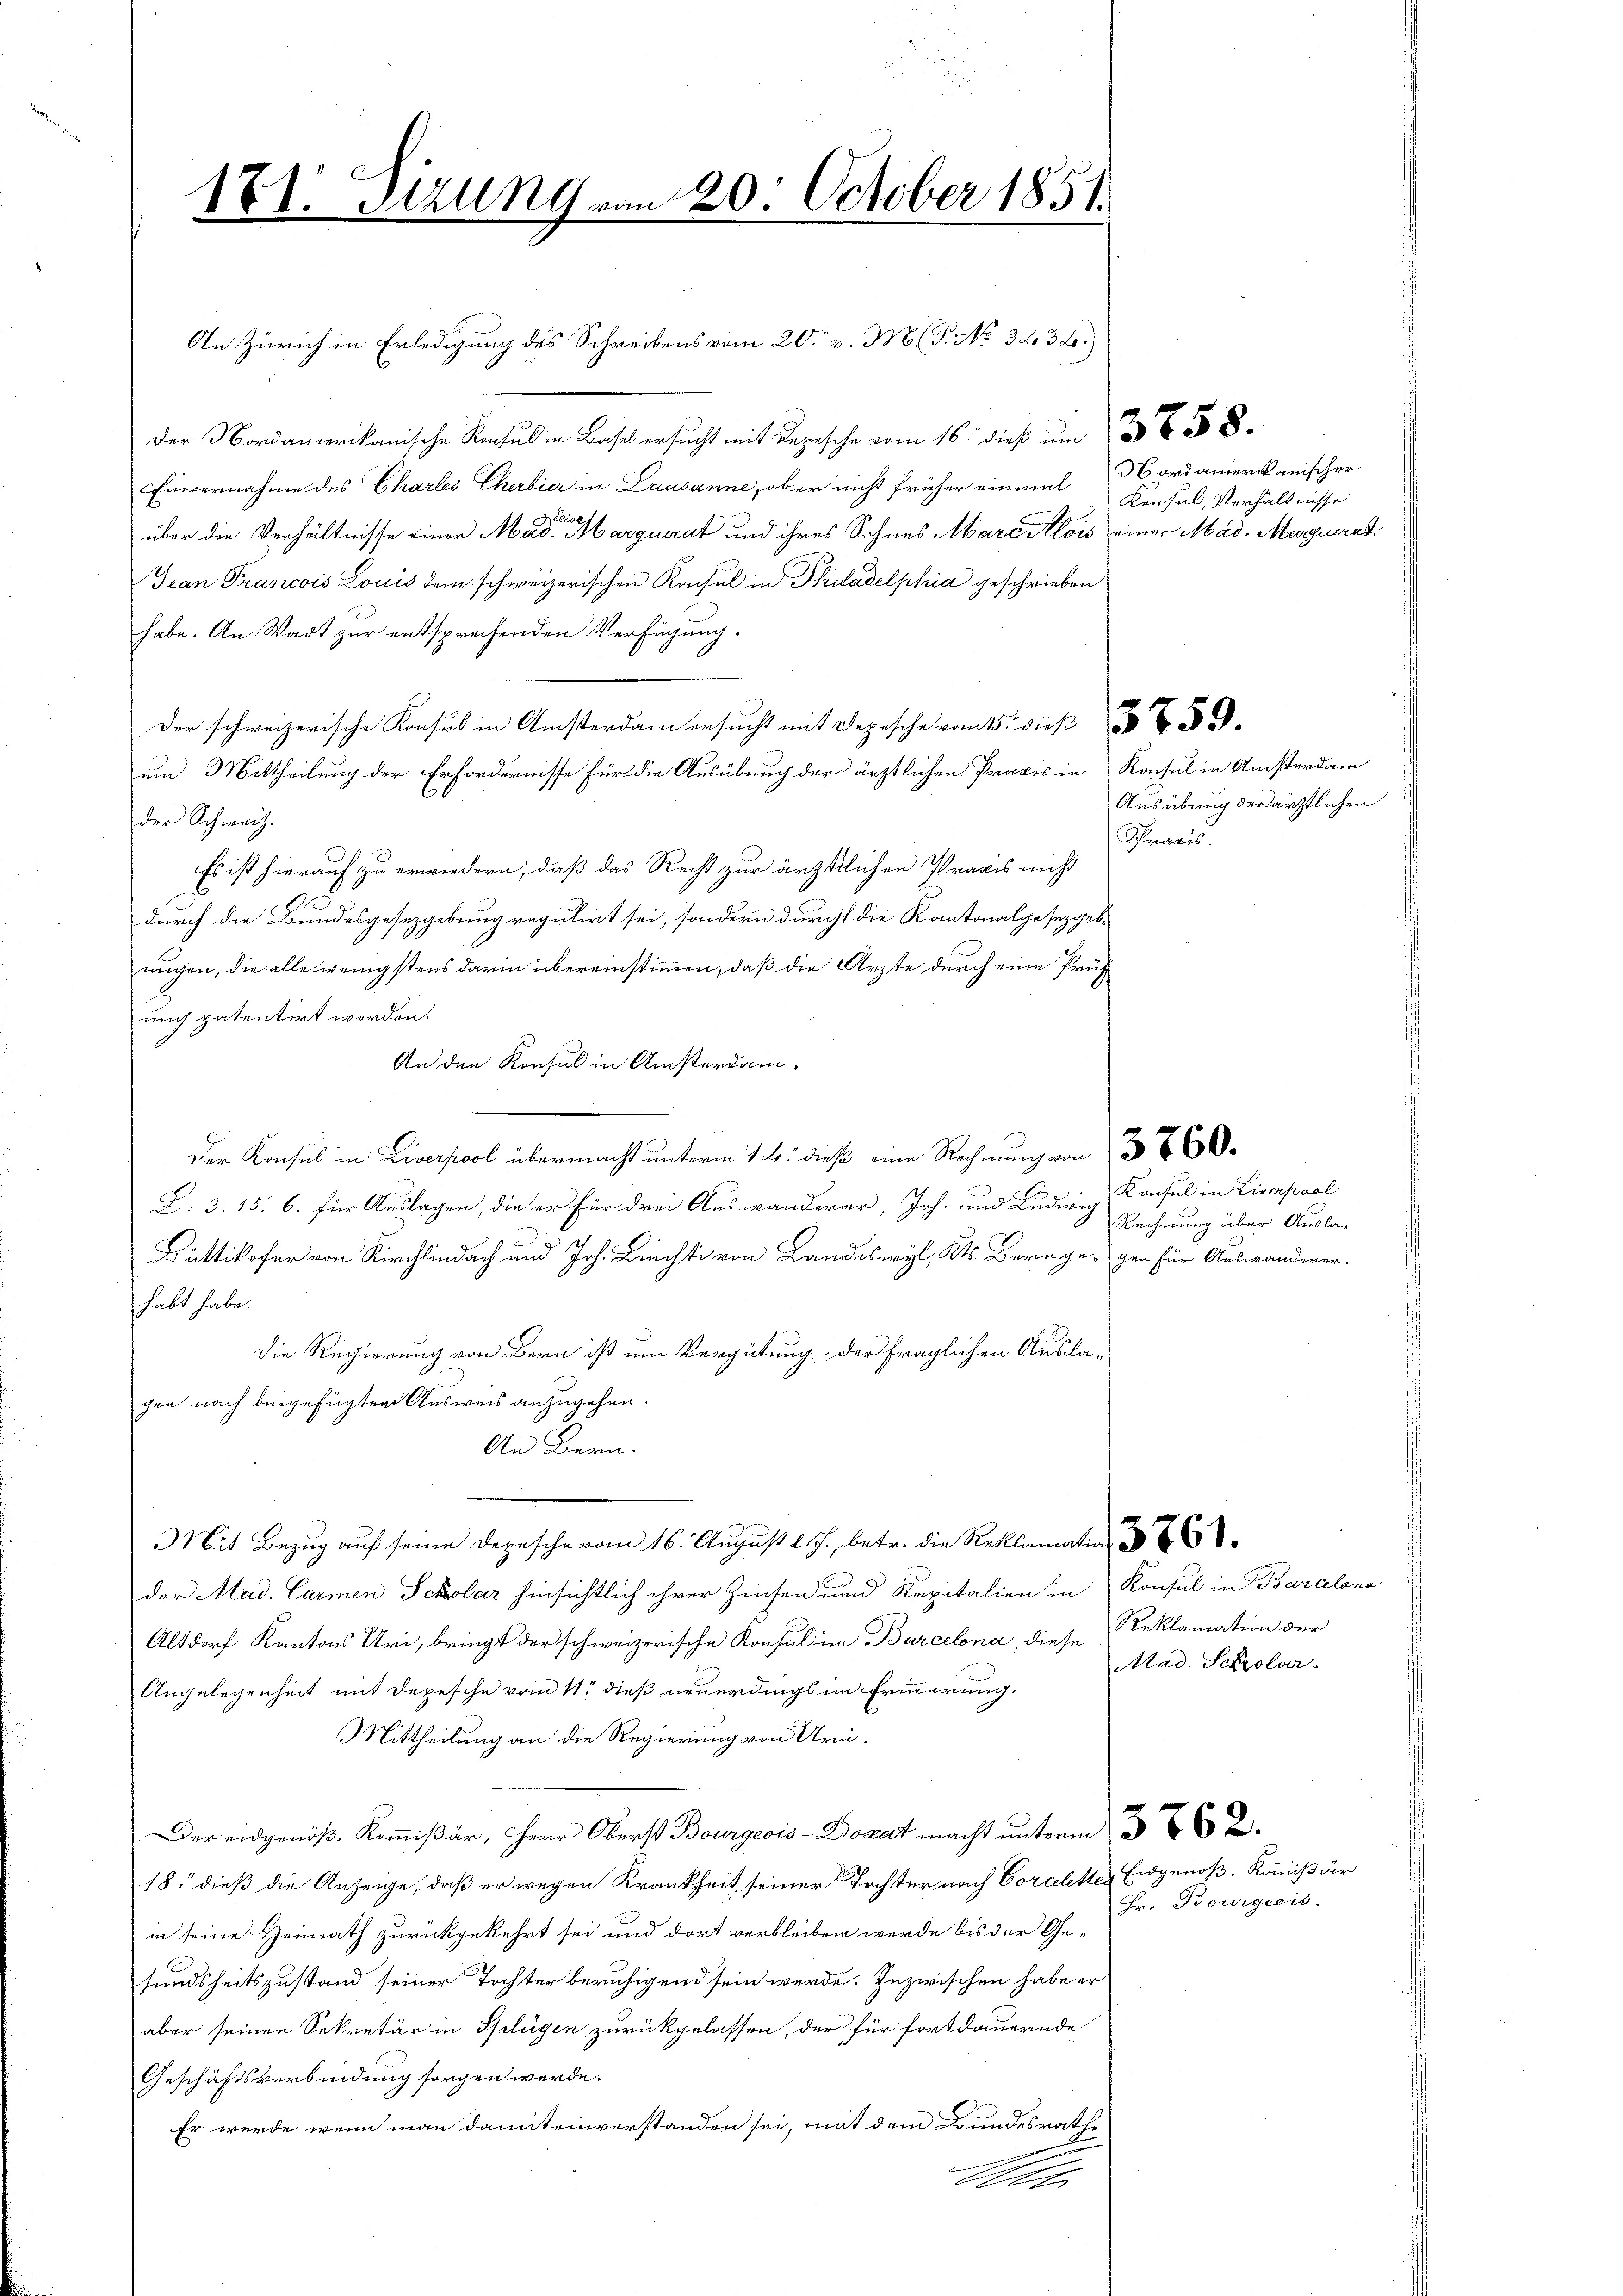
171: Fizung von 20. October 1851.

An Zürich in Erledigung des Schreibens vom 20. v. M. G. No 343.)
der Nordamerikanische Konsul in Basel ersucht mit Depesche vom 16. dieß um 3 t 8
Einvernahme des Charles Cherbier in Lausanne, ob er nicht früher einmal
bliot
über die Verhältnisse einer Mad. Marquerat und ihres Sohnes Mare Alois einer Mad. Marguerat
Jean Francois Louis dem schweizerischen Konsul in Philadelphia geschrieben
habe. An Wadt zur entsprechenden Verfügung.
Der schweizerische Konsul in Amsterdam ersucht mit Depesche vom 15. dieß 59.
um Mittheilung der Erfordernisse für die Ausübung der ärztlichen Praxis in Konsul in Ansterdam
der Schweiz.
Es ist hierauf zu erwiedern, daß das Recht zur ärztlichen Praxis nicht
25
durch die Bundesgesetzgebung regulirt sei, sondern durcht die Kantonalgesetzgeb
nügen, die alle wenigstens darin übereinstimmen, daß die Ärzte durch eine Prüf
unc patentirt werden.
An den Konsul in Ansterdam.
Der Konsul in Liverpool übermacht unterm 12. dieß eine Rechnung von 360.
L. 3. 15. 6. für Auslagen, die er für drei Auswanderer, Joh. und Ludwig
Büttikofer von Kirchlich und Joh. Liechte von Landiswyl, Kt. Bern gegen für Auswanderer.
habt habe.
Die Regierung von Bern ist um Vergütung, der fraglichen Auslagen nach beigefügten Ausweis anzugehen.
An Bern.
Mit Bezug auf seine Depesche vom 16. August l. J., betr. die Reklamation d
der Mad. Carmen Scholar hinsichtlich ihrer Zinsen und Kapitalien in Konsul in Barcelona
Altdorf Kantons Uri, bringt der schweizerische Konsul in Barcelona, diese Reklamation der
Angelegenheit mit Depesche vom 11. dieß neuerdings im Erinnerung.
MMittheilung an die Regierung von Uri¬
Der eidgenöß. Kommißär, Herr Oberst Bourgeois - Donat macht unterm 25. 662.
18. dieß die Anzeige, daß er wegen Krankheit seiner Tochter nach Corceletter Eidgenoß. Kommißär
in seine Heimath zurückgekehrt sei und dort verbleiben werde bis der Ge-
sundheitszustand seiner Tochter beruhigend sein werde. Inzwischen habe er
aber seinen Sekretär in Splügen zurückgelassen, der für fortdauernde
Geschäftsverbindung sorgen werde.
Er wurde wenn man damit einverstanden sei, mit dem Bundesrathe
Ale

Nordamerikanischer
Konsul, Verhältnisse

Ausübung der ärztlichen
Praxis.

Konsul in Liverpaal
Rechnung über Ausla¬

Mad. Scholar

Hr. Bourgeois.